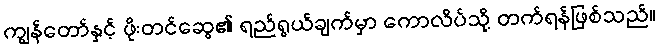
ကျွန်တော်နှင့် ဖိုးတင်ဆွေ၏ ရည်ရွယ်ချက်မှာ ကောလိပ်သို့ တက်ရန်ဖြစ်သည်။